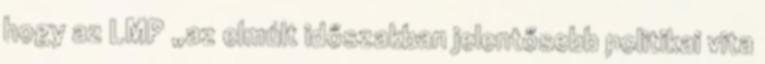
hogy az LMP „az elmúlt időszakban jelentősebb politikai vita